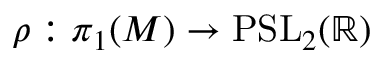
\rho : \pi _ { 1 } ( M ) \to \mathrm { P S L } _ { 2 } ( \mathbb { R } )